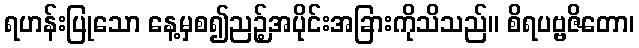
ရဟန်းပြုသော နေ့မှစ၍ညဉ့်အပိုင်းအခြားကိုသိသည်။ စိရပဗ္ဗဇိတော၊